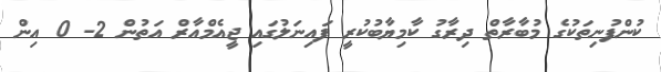
ކުންފުނިތަކުގެ މުބާރާތް ދިރާގު ކާމިޔާބުކުރީ ފައިނަލުގައި ޖީއެމްއާރް އަތުން 2- 0 އިން